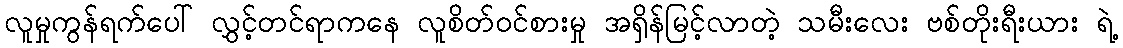
လူမှုကွန်ရက်ပေါ် လွှင့်တင်ရာကနေ လူစိတ်ဝင်စားမှု အရှိန်မြင့်လာတဲ့ သမီးလေး ဗစ်တိုးရီးယား ရဲ့